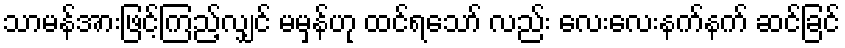
သာမန်အားဖြင့်ကြည့်လျှင် မမှန်ဟု ထင်ရသော် လည်း လေးလေးနက်နက် ဆင်ခြင်